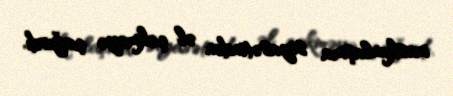
məskunlaşma siyasətindən əl çəkməyə çağırdı.